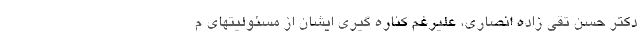
دکتر حسن تقی زاده انصاری، علیرغم کناره گیری ایشان از مسئولیتهای م